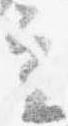
立